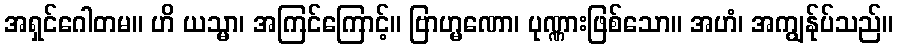
အရှင်ဂေါတမ။ ဟိ ယသ္မာ၊ အကြင်ကြောင့်။ ဗြာဟ္မဏော၊ ပုဏ္ဏားဖြစ်သော။ အဟံ၊ အကျွန်ုပ်သည်။